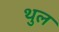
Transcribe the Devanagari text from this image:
थुल